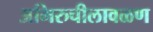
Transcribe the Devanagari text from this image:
अभिरुचीलावळण